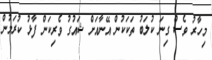
މިހާރު ވެސް ގިނަ ކުލަބު ތަކަކުން އޭނާއަށް ޝައުގު ވެރިކަން ފާޅު ކުރަމުން